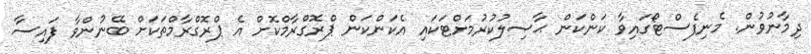
ދިމާނުވުން. މެނިފެސްޓޯގައިވާ ކަންކަން ޙާޞިލުކުރުމަށްޓަކައި އެކަންކަން ޕްރޮގްރާމްކޮށް އެ ޕްރޮގްރާމްތަކަށް ބޭނުންވާ ފައިސާ